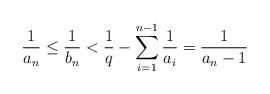
LaTeX: \begin{align*}\frac{1}{a_n} \leq \frac{1}{b_n}< \frac{1}{q} - \sum_{i=1}^{n-1} \frac{1}{a_i} = \frac{1}{a_n-1} \end{align*}